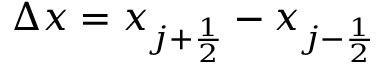
\Delta x = x _ { j + \frac { 1 } { 2 } } - x _ { j - \frac { 1 } { 2 } }